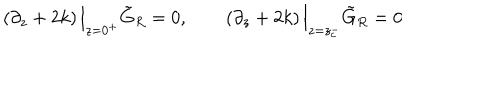
\left( \partial _ { z } + 2 k \right) \Big \vert _ { z = 0 ^ { + } } \tilde { G } _ { R } = 0 , \qquad \left( \partial _ { z } + 2 k \right) \Big \vert _ { z = z _ { c } ^ { - } } \tilde { G } _ { R } = 0